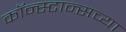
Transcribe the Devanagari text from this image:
कॉन्स्टान्सच्या